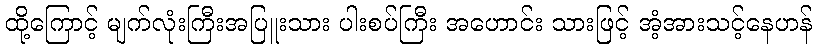
ထို့ကြောင့် မျက်လုံးကြီးအပြူးသား ပါးစပ်ကြီး အဟောင်း သားဖြင့် အံ့အားသင့်နေဟန်